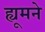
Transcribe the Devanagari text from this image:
ह्यूमने